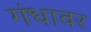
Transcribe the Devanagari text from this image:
गंधावर